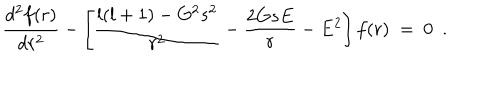
{ \frac { d ^ { 2 } f ( r ) } { d r ^ { 2 } } } - \left[ { \frac { l ( l + 1 ) - G ^ { 2 } s ^ { 2 } } { r ^ { 2 } } } - { \frac { 2 G s E } { r } } - E ^ { 2 } \right] f ( r ) ~ = ~ 0 ~ ~ .